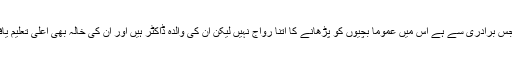
اردو نیوز سے بات کرتے ہوئے پشپا کوہلی نے بتایا کہ ان کا تعلق جس برادری سے ہے اس میں عموماً بچیوں کو پڑھانے کا اتنا رواج نہیں لیکن ان کی والدہ ڈاکٹر ہیں اور ان کی خالہ بھی اعلیٰ تعلیم یافتہ ہیں، یہی سوچ کر انہوں نے اپنی بیٹیوں کو بھی اعلیٰ تعلیم دلوائی۔